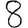
Digit: 8